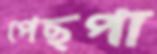
পেছপা